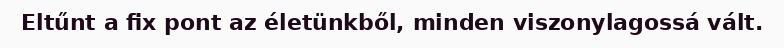
Eltűnt a fix pont az életünkből, minden viszonylagossá vált.